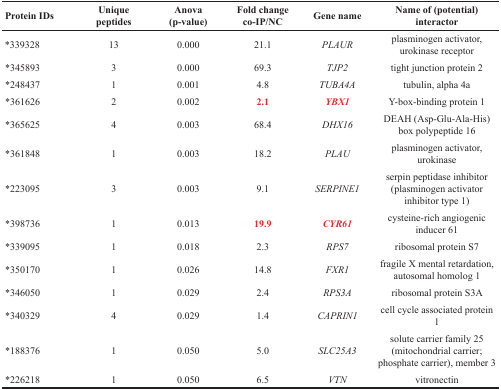
<table><thead><tr><td><b>Protein IDs</b></td><td><b>Unique peptides</b></td><td><b>Anova (p-value)</b></td><td><b>Fold change co-IP/NC</b></td><td><b>Gene name</b></td><td><b>Name of (potential) interactor</b></td></tr></thead><tbody><tr><td><sup>*</sup>339328</td><td>13</td><td>0.000</td><td>21.1</td><td><i>PLAUR</i></td><td>plasminogen activator, urokinase receptor</td></tr><tr><td><sup>*</sup>345893</td><td>3</td><td>0.000</td><td>69.3</td><td><i>TJP2</i></td><td>tight junction protein 2</td></tr><tr><td><sup>*</sup>248437</td><td>1</td><td>0.001</td><td>4.8</td><td><i>TUBA4A</i></td><td>tubulin, alpha 4a</td></tr><tr><td><sup>*</sup>361626</td><td>2</td><td>0.002</td><td><b>2.1</b></td><td><b><i>YBX1</i></b></td><td>Y-box-binding protein 1</td></tr><tr><td><sup>*</sup>365625</td><td>4</td><td>0.003</td><td>68.4</td><td><i>DHX16</i></td><td>DEAH (Asp-Glu-Ala-His) box polypeptide 16</td></tr><tr><td><sup>*</sup>361848</td><td>1</td><td>0.003</td><td>18.2</td><td><i>PLAU</i></td><td>plasminogen activator, urokinase</td></tr><tr><td><sup>*</sup>223095</td><td>3</td><td>0.003</td><td>9.1</td><td><i>SERPINE1</i></td><td>serpin peptidase inhibitor (plasminogen activator inhibitor type 1)</td></tr><tr><td><sup>*</sup>398736</td><td>1</td><td>0.013</td><td><b>19.9</b></td><td><b><i>CYR61</i></b></td><td>cysteine-rich angiogenic inducer 61</td></tr><tr><td><sup>*</sup>339095</td><td>1</td><td>0.018</td><td>2.3</td><td><i>RPS7</i></td><td>ribosomal protein S7</td></tr><tr><td><sup>*</sup>350170</td><td>1</td><td>0.026</td><td>14.8</td><td><i>FXR1</i></td><td>fragile X mental retardation, autosomal homolog 1</td></tr><tr><td><sup>*</sup>346050</td><td>1</td><td>0.029</td><td>2.4</td><td><i>RPS3A</i></td><td>ribosomal protein S3A</td></tr><tr><td><sup>*</sup>340329</td><td>4</td><td>0.029</td><td>1.4</td><td><i>CAPRIN1</i></td><td>cell cycle associated protein 1</td></tr><tr><td><sup>*</sup>188376</td><td>1</td><td>0.050</td><td>5.0</td><td><i>SLC25A3</i></td><td>solute carrier family 25 (mitochondrial carrier; phosphate carrier), member 3</td></tr><tr><td><sup>*</sup>226218</td><td>1</td><td>0.050</td><td>6.5</td><td><i>VTN</i></td><td>vitronectin</td></tr></tbody></table>